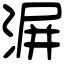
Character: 𣸹